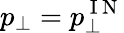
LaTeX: p_{\perp}=p_{\perp}^{\mathrm{~I~N~}}